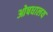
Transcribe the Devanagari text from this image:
ओषधालय